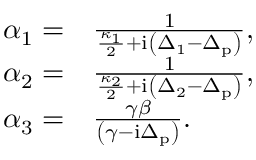
\begin{array} { r l } { \alpha _ { 1 } = } & { \frac { 1 } { \frac { \kappa _ { 1 } } { 2 } + \mathrm { i } \left( \Delta _ { 1 } - \Delta _ { \mathrm { p } } \right) } , } \\ { \alpha _ { 2 } = } & { \frac { 1 } { \frac { \kappa _ { 2 } } { 2 } + \mathrm { i } \left( \Delta _ { 2 } - \Delta _ { \mathrm { p } } \right) } , } \\ { \alpha _ { 3 } = } & { \frac { \gamma \beta } { \left( \gamma - \mathrm { i } \Delta _ { \mathrm { p } } \right) } . } \end{array}